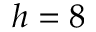
h = 8